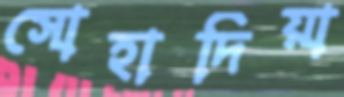
সোহাদিয়া